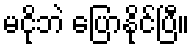
မငိုဘဲ ပြောနိုင်ပြီ။